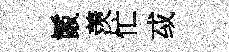
鬛羡忙㦯